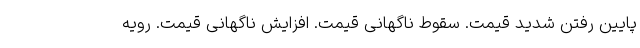
پایین رفتن شدید قیمت. سقوط ناگهانی قیمت. افزایش ناگهانی قیمت. رویه